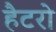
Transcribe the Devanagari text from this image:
हैटरो